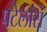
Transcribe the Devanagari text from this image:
पटेलास